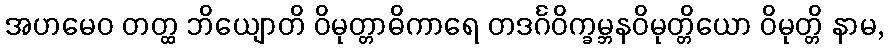
အဟမေဝ တတ္ထ ဘိယျောတိ ဝိမုတ္တာဓိကာရေ တဒင်္ဂဝိက္ခမ္ဘနဝိမုတ္တိယော ဝိမုတ္တိ နာမ,